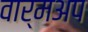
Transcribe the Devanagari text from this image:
वार्मअप